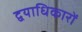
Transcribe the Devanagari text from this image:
द्वयाधिकारों